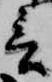
言